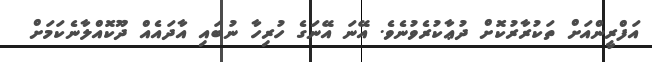
އަފްރީންއަށް ތަކުރާރުކޮށް ދުޢާކުރެވުނެވެ. އޭނަ އޭނަގެ ހުރިހާ ނުބައި އާދައެއް ދޫކޮއްލާނެކަމަށް